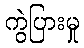
ကွဲပြားမှု